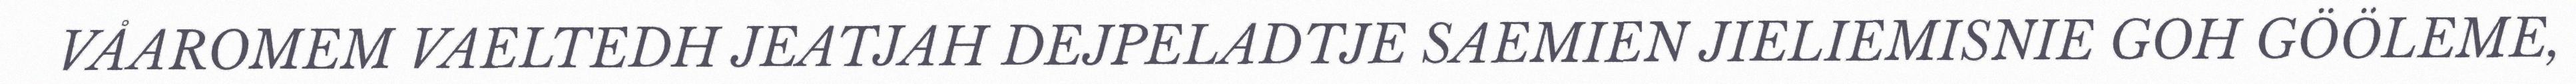
VÅAROMEM VAELTEDH JEATJAH DEJPELADTJE SAEMIEN JIELIEMISNIE GOH GÖÖLEME,